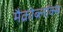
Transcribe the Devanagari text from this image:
मैक्रोब्लॉक्स